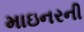
માઇનરની